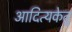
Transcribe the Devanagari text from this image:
आदित्यकेतु